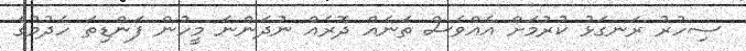
ސިހުރު ރަނގަޅު ކުރުމަށް އެއްވެސް ތަނެއް ދޮރެއް ނުދަންނަ މީހުން ފަންޑިތަ ހެދުމުގެ